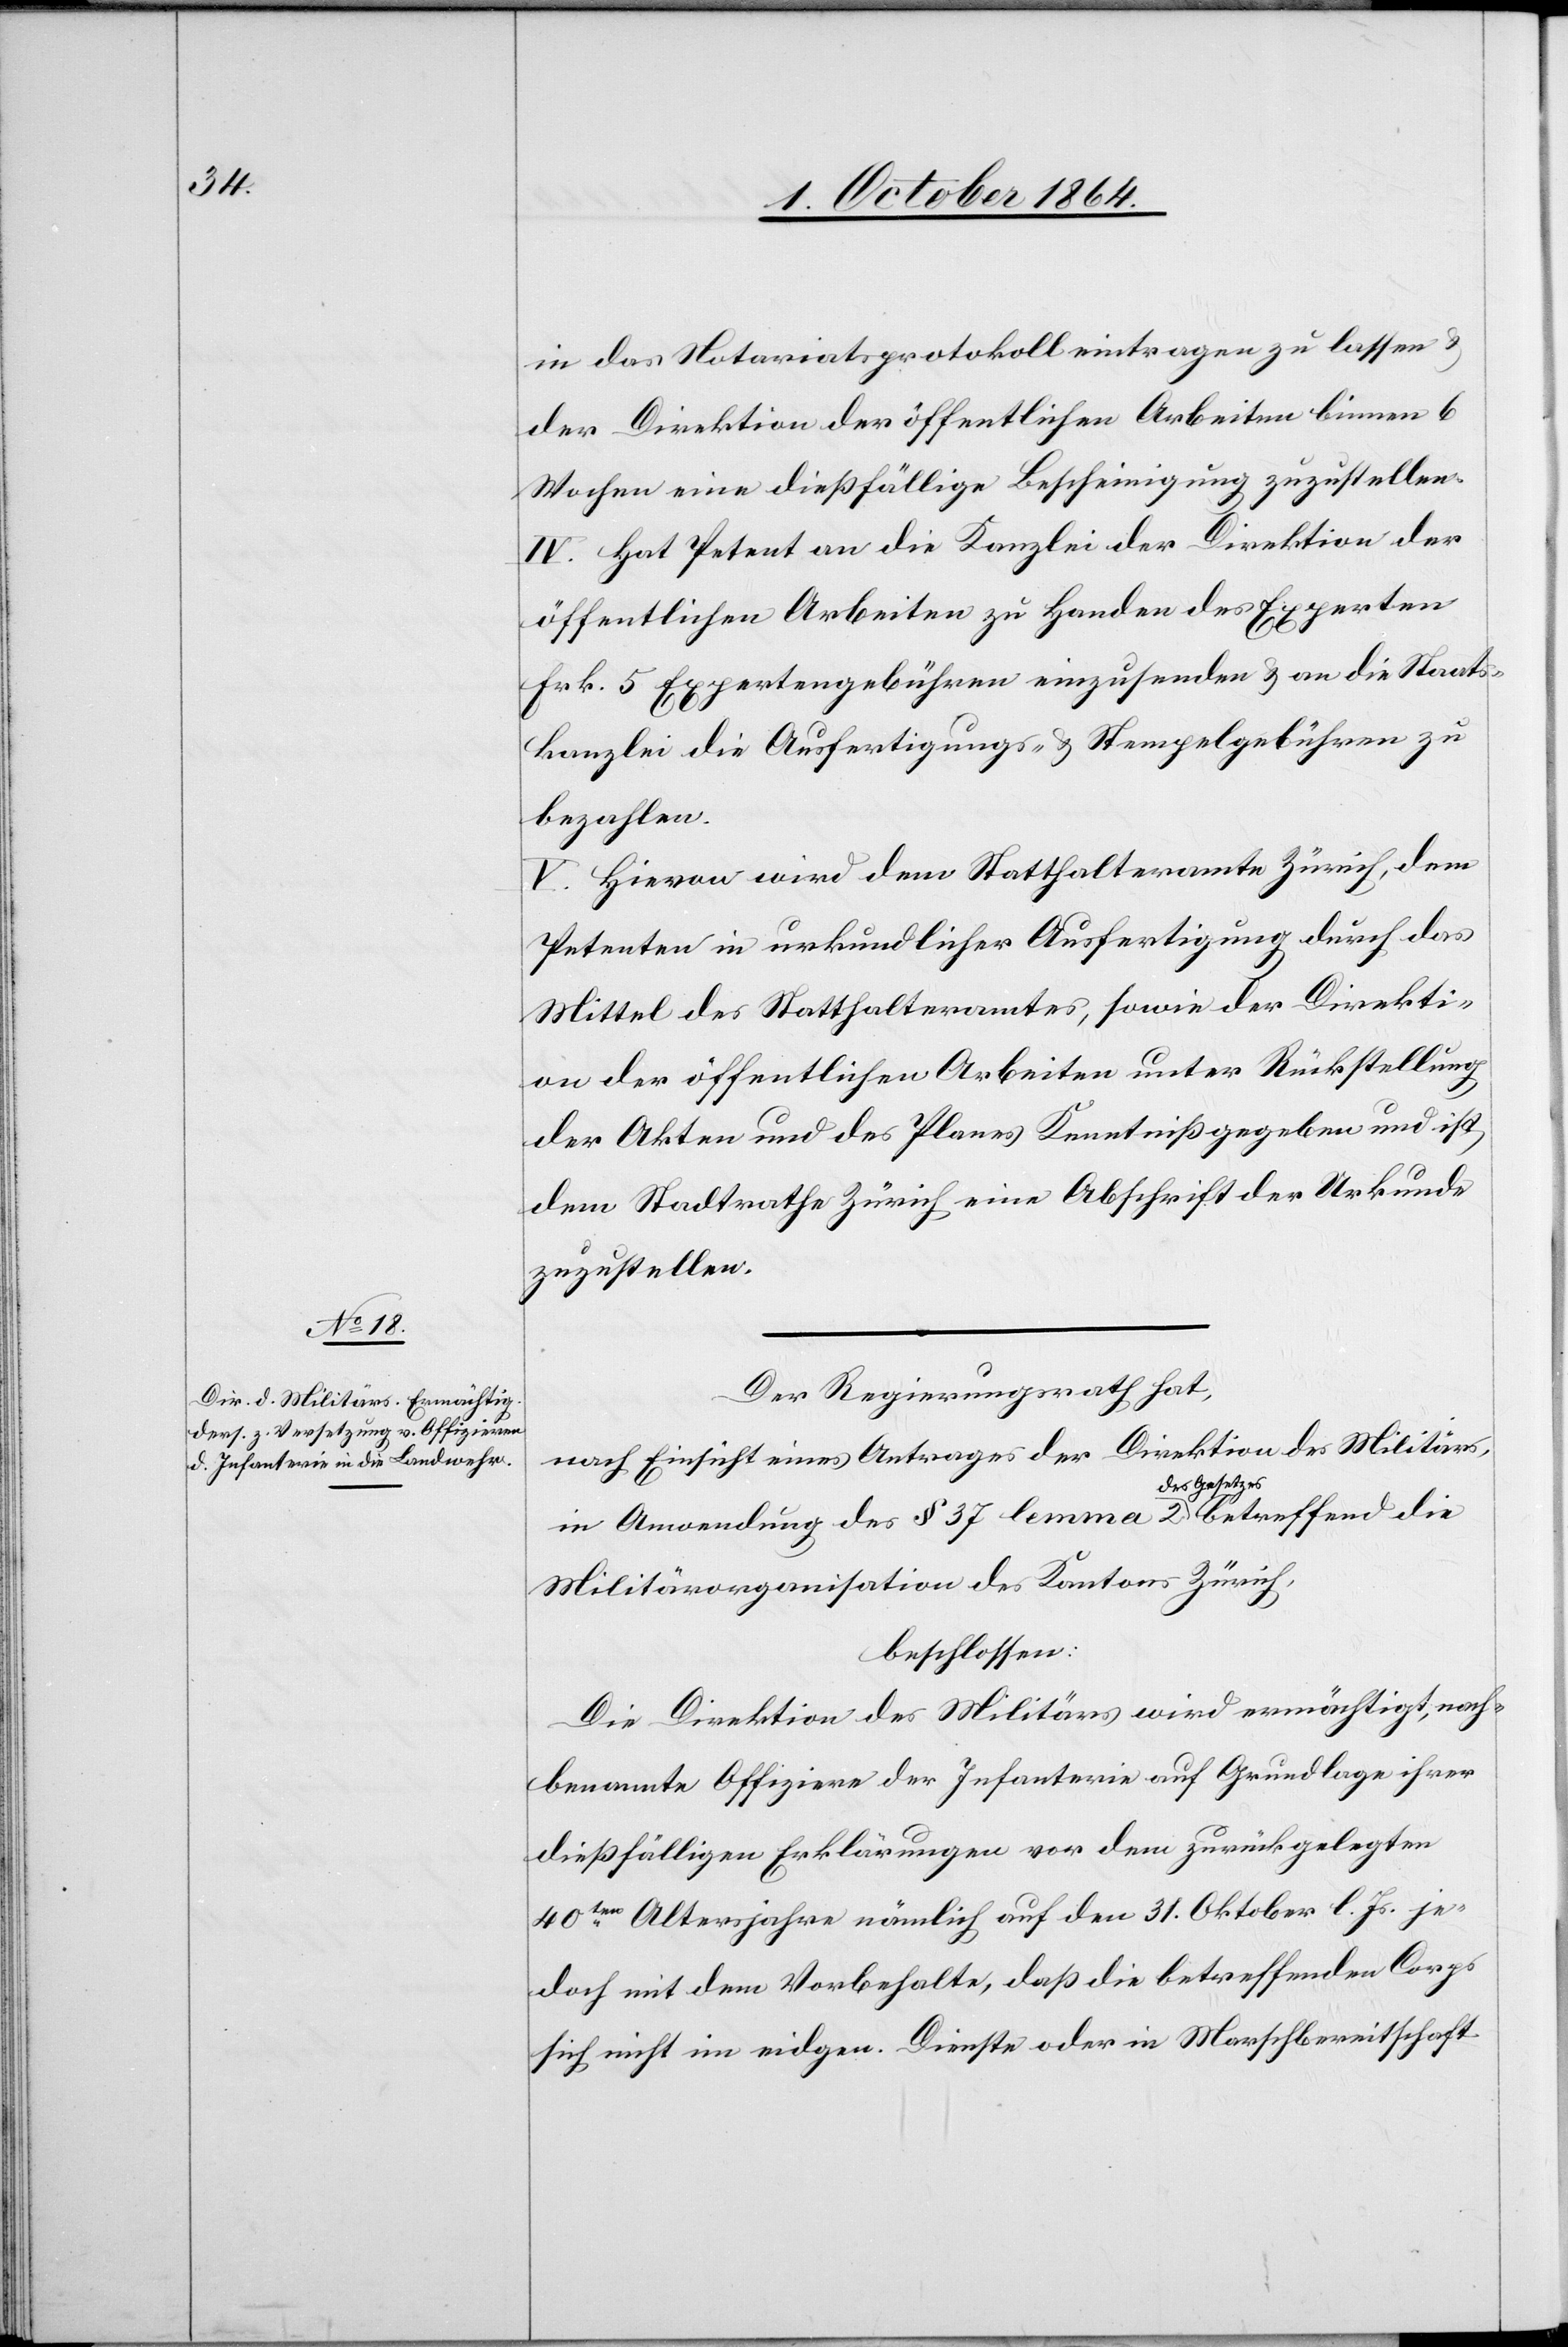
in das Notariatsprotokoll eintragen zu lassen &
der Direktion der öffentlichen Arbeiten binnen 6
Wochen eine dießfällige Bescheinigung zuzustellen.
IV. Hat Petent an die Kanzlei der Direktion der
öffentlichen Arbeiten zu Handen des Experten
Frk. 5 Expertengebühren einzusenden & an die Staats¬
kanzlei die Ausfertigungs- & Stempelgebühren zu
bezahlen.
V. Hievon wird dem Statthalteramte Zürich, dem
Petenten in urkundlicher Ausfertigung durch das
Mittel des Statthalteramtes, sowie der Direkti¬
on der öffentlichen Arbeiten unter Rückstellung
der Akten und des Planes Kenntniß gegeben und ist
dem Stadtrathe Zürich eine Abschrift der Urkunde
zuzustellen.
Der Regierungsrath hat,
nach Einsicht eines Antrages der Direktion des Militärs,
in Anwendung des § 37 lemma 2 a-des Gesetzes-a betreffend die
Militärorganisation des Kantons Zürich,
beschlossen:
Die Direktion des Militärs wird ermächtigt, nach¬
benannte Offiziere der Infanterie auf Grundlage ihrer
dießfälligen Erklärungen vor dem zurückgelegten
40ten Altersjahre nämlich auf den 31. Oktober l. Js. je¬
doch mit dem Vorbehalte, daß die betreffenden Corps
sich nicht im eidgen. Dienste oder in Marschbereitschaft